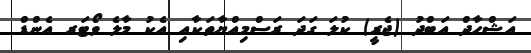
އަޝްހާދް އަބްދު (ޖެރީ) ކުލަ ގަދަ ރަސްމިއްޔާތަކާއި އެކު މާލެ ވޯޓަރ އެންޑް